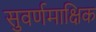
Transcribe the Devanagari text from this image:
सुवर्णमाक्षिक